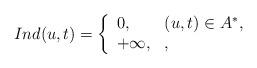
LaTeX: \begin{align*} Ind(u,t)=\left\{\begin{array}{ll} 0,& (u,t) \in A^*, \\ +\infty,& ,\end{array} \right.\end{align*}